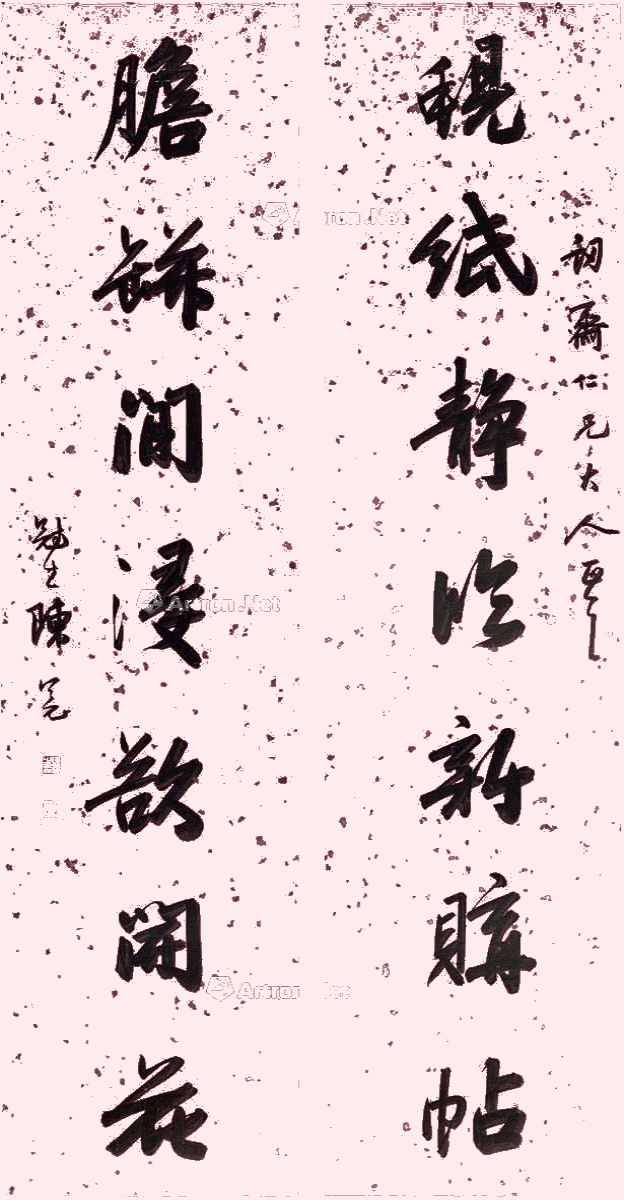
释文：蚬纸静临新购帖，胆瓶闲浸欲开花。讱斋仁兄大人正之，冠生陈冕。